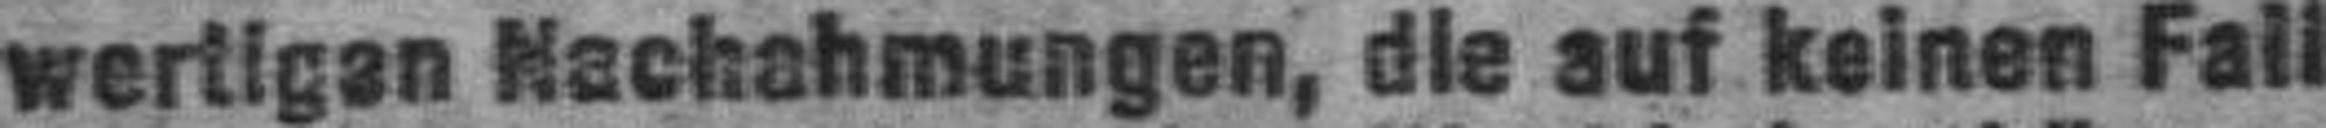
wertigen Nachahmungen, die auf keinen Fall